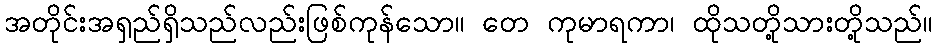
အတိုင်းအရှည်ရှိသည်လည်းဖြစ်ကုန်သော။ တေ ကုမာရကာ၊ ထိုသတို့သားတို့သည်။